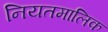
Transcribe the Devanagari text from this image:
नियतमालिक